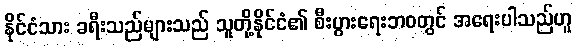
နိုင်ငံသား ခရီးသည်များသည် သူတို့နိုင်ငံ၏ စီးပွားရေးဘဝတွင် အရေးပါသည်ဟူ